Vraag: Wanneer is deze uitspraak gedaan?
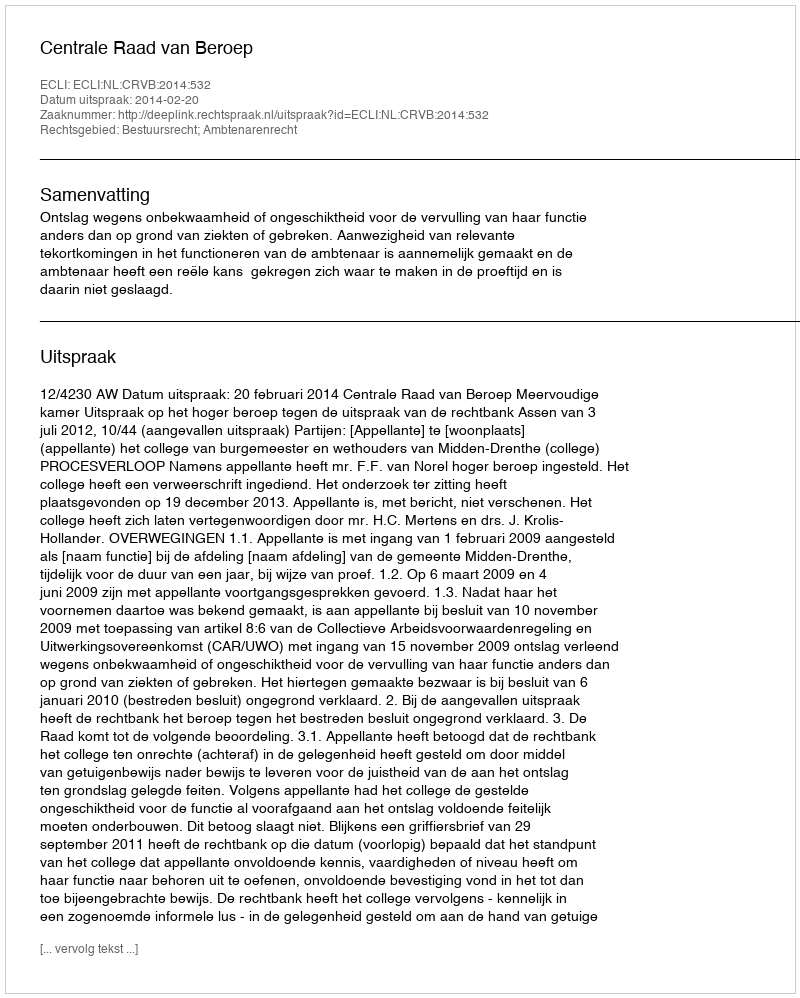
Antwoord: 2014-02-20